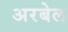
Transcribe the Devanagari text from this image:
अरबेल